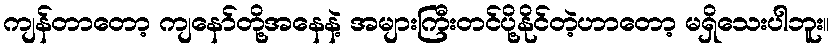
ကျန်တာတော့ ကျနော်တို့အနေနဲ့ အများကြီးတင်ပို့နိုင်တဲ့ဟာတော့ မရှိသေးပါဘူး။